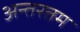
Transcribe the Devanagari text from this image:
अन्तरतम